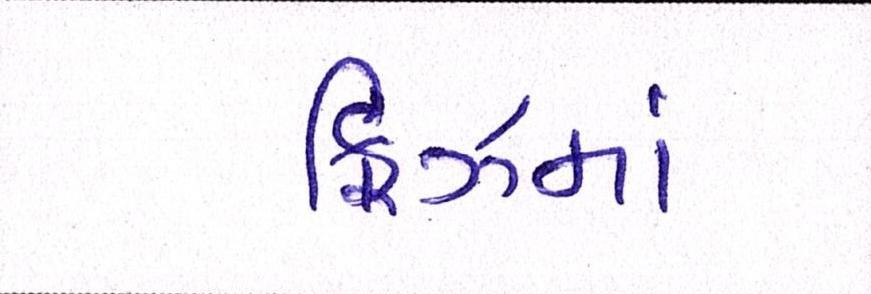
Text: ફ્રિઝમાં